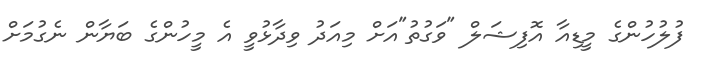
ފުލުހުންގެ މީޑިއާ އޮފިޝަލް "ވަގުތު"އަށް މިއަދު ވިދާޅުވީ އެ މީހުންގެ ބަޔާން ނެގުމަށް